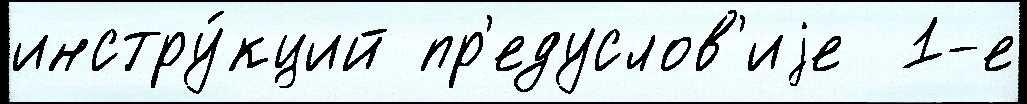
инстру́кций пр'едуслов'иjе  1-е